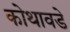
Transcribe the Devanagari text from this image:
कोथावडे